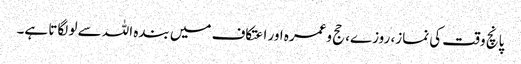
پانچ وقت کی نماز، روزے، حج وعمرہ اور اعتکاف میں بندہ اللہ سے لو لگاتا ہے۔